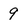
Character: 9